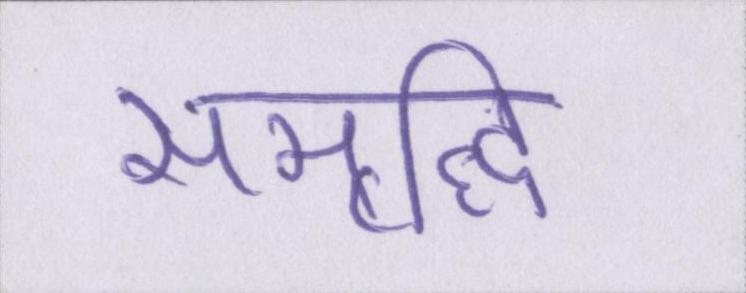
समृद्धि